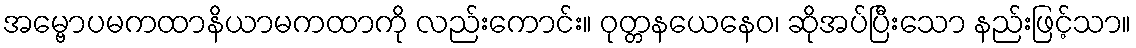
အမ္ဗောပမကထာနိယာမကထာကို လည်းကောင်း။ ဝုတ္တနယေနေဝ၊ ဆိုအပ်ပြီးသော နည်းဖြင့်သာ။